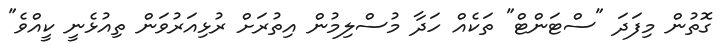
ގޮތުން މިފަދަ "ސްޓަންޓް" ތަކެއް ހަދާ މުސްލިމުން އިތުރަށް ރުޅިއަރުވަން ތިއުޅެނީ ކީއްވެ"